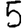
Digit: 5